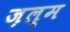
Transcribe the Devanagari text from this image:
ज़ल्म